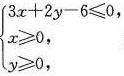
$$3x+2y-6≤0$$， x≥0， y≥0，